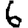
Digit: 6